Medical and sanitary report of the native army of Bengal for the year
Year: 1876
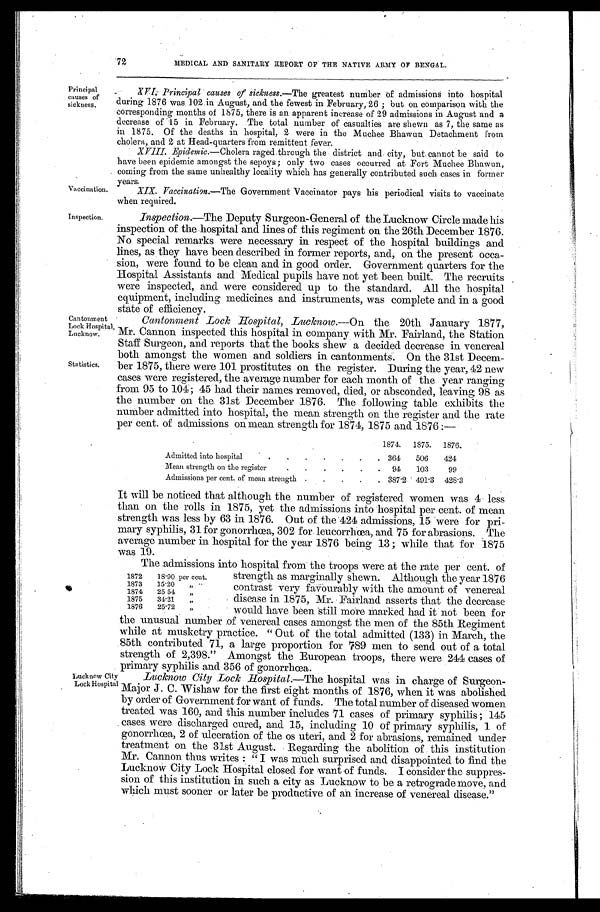
72
MEDICAL AND SANITARY REPORT OF THE NATIVE ARMY OF BENGAL.
Principal
causes of
sickness.
Vaccination.
XVI. Principal causes of sickness.— The greatest number of admissions into hospital
during 1876 was 102 in August, and the fewest in February,26 ; but on comparison with the
corresponding months of 1875, there is an apparent increase of 29 admissions in August and a
decrease of 15 in February. The total number of casualties are shewn as 7, the same as
in 1875. Of the deaths in hospital, 2 were in the Muchee Bhawun Detachment from
cholera, and 2 at Head-quarters from remittent fever.
XVIII. Epidemic. —Cholera raged through the district and city, but cannot be said to
have been epidemic amongst the sepoys; only two cases occurred at Fort Muchee Bhawun,
coming from the same unhealthy locality which has generally contributed such cases in former
years.
XIX. Vaccination. —The Government Vaccinator pays his periodical visits to vaccinate
when required.
Inspection.
Cantonment
Lock Hospital,
Lucknow.
Statistics.
Inspection.—The Deputy Surgeon-General of the Lucknow Circle made his
inspection of the hospital and lines of this regiment on the 26th December 1876.
No special remarks were necessary in respect of the hospital buildings and
lines, as they have been described in former reports, and, on the present occa-
sion, were found to be clean and in good order. Government quarters for the
Hospital Assistants and Medical pupils have not yet been built. The recruits
were inspected, and were considered up to the standard. All the hospital
equipment, including medicines and instruments, was complete and in a good
state of efficiency.
Cantonment Lock Hospital, Lucknow.—On the 20th January 1877,
Mr. Cannon inspected this hospital in company with Mr. Fairland, the Station
Staff Surgeon, and reports that the books show a decided decrease in venereal
both amongst the women and soldiers in cantonments. On the 31st Decem-
ber 1875, there were 101 prostitutes on the register. During the year, 42 new
cases were registered, the average number for each month of the year ranging
from 95 to 104; 45 had their names removed, died, or absconded, leaving 98 as
the number on the 31st December 1876. The following table exhibits the
number admitted into hospital, the mean strength on the register and the rate
per cent. of admissions on mean strength for 1874, 1875 and 1876 :—
1874.
1875.
1876.
Admitted into hospital
.
.
.
.
.
.
.
364
506
424
Mean strength on the register
.
.
.
.
.
.
94
103
99
Admissions per cent. of mean strength .
.
.
.
. 387.2 491.3
428.3
It will be noticed that although the number of registered women was 4 less
than on the rolls in 1875, yet the admissions into hospital per cent. of mean
strength was less by 63 in 1876. Out of the 424 admissions, 15 were for pri-
mary syphilis, 31 for gonorrhœa, 302 for leucorrhœa, and 75 for abrasions. The
average number in hospital for the year 1876 being 13 ; while that for 1875
was 19.
The admissions into hospital from the troops were at the rate per cent. of
1872
18.90 per cent.
1873
15.20
„
1874
25.54
„
1875
34.21
„
1876
25.72
„
strength as marginally shewn. Although the year 1876
contrast very favourably with the amount of venereal
disease in 1875, Mr. Fairland asserts that the decrease
would have been still more marked had it not been for
Lucknow City
Lock Hospital
the unusual number of venereal cases amongst the men of the 85th Regiment
while at musketry practice. "Out of the total admitted (133) in March, the
85th contributed 71, a large proportion for 789 men to send out of a total
strength of 2,398." Amongst the European troops, there were 244 cases of
primary syphilis and 356 of gonorrhœa.
Lucknow City Lock Hospital.— The hospital was in charge of Surgeon-
Major J. C. Wishaw for the first eight months of 1876, when it was abolished
by order of Government for want of funds. The total number of diseased women
treated was 160, and this number includes 71 cases of primary syphilis ; 145
cases were discharged cured, and 15, including 10 of primary syphilis, 1 of
gonorrhœa, 2 of ulceration of the os uteri, and 2 for abrasions, remained under
treatment on the 31st August. Regarding the abolition of this institution
Mr. Cannon thus writes : " I was much surprised and disappointed to find the
Lucknow City Lock Hospital closed for want of funds. I consider the suppres-
sion of this institution in such a city as Lucknow to be a retrograde move, and
which must sooner or later be productive of an increase of venereal disease."